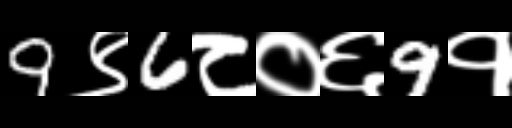
Text: 9९6८०६9१